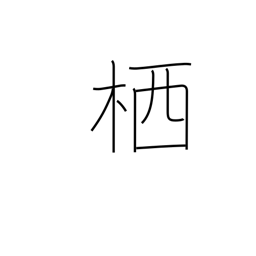
Meaning: hive